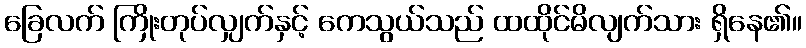
ခြေလက် ကြိုးတုပ်လျှက်နှင့် ကေသွယ်သည် ထထိုင်မိလျက်သား ရှိနေ၏။